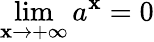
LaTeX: \lim\limits_{\mathbf{x}\rightarrow+\infty}a^{\mathbf{x}}=0